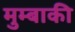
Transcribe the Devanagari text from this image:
मुम्बाकी